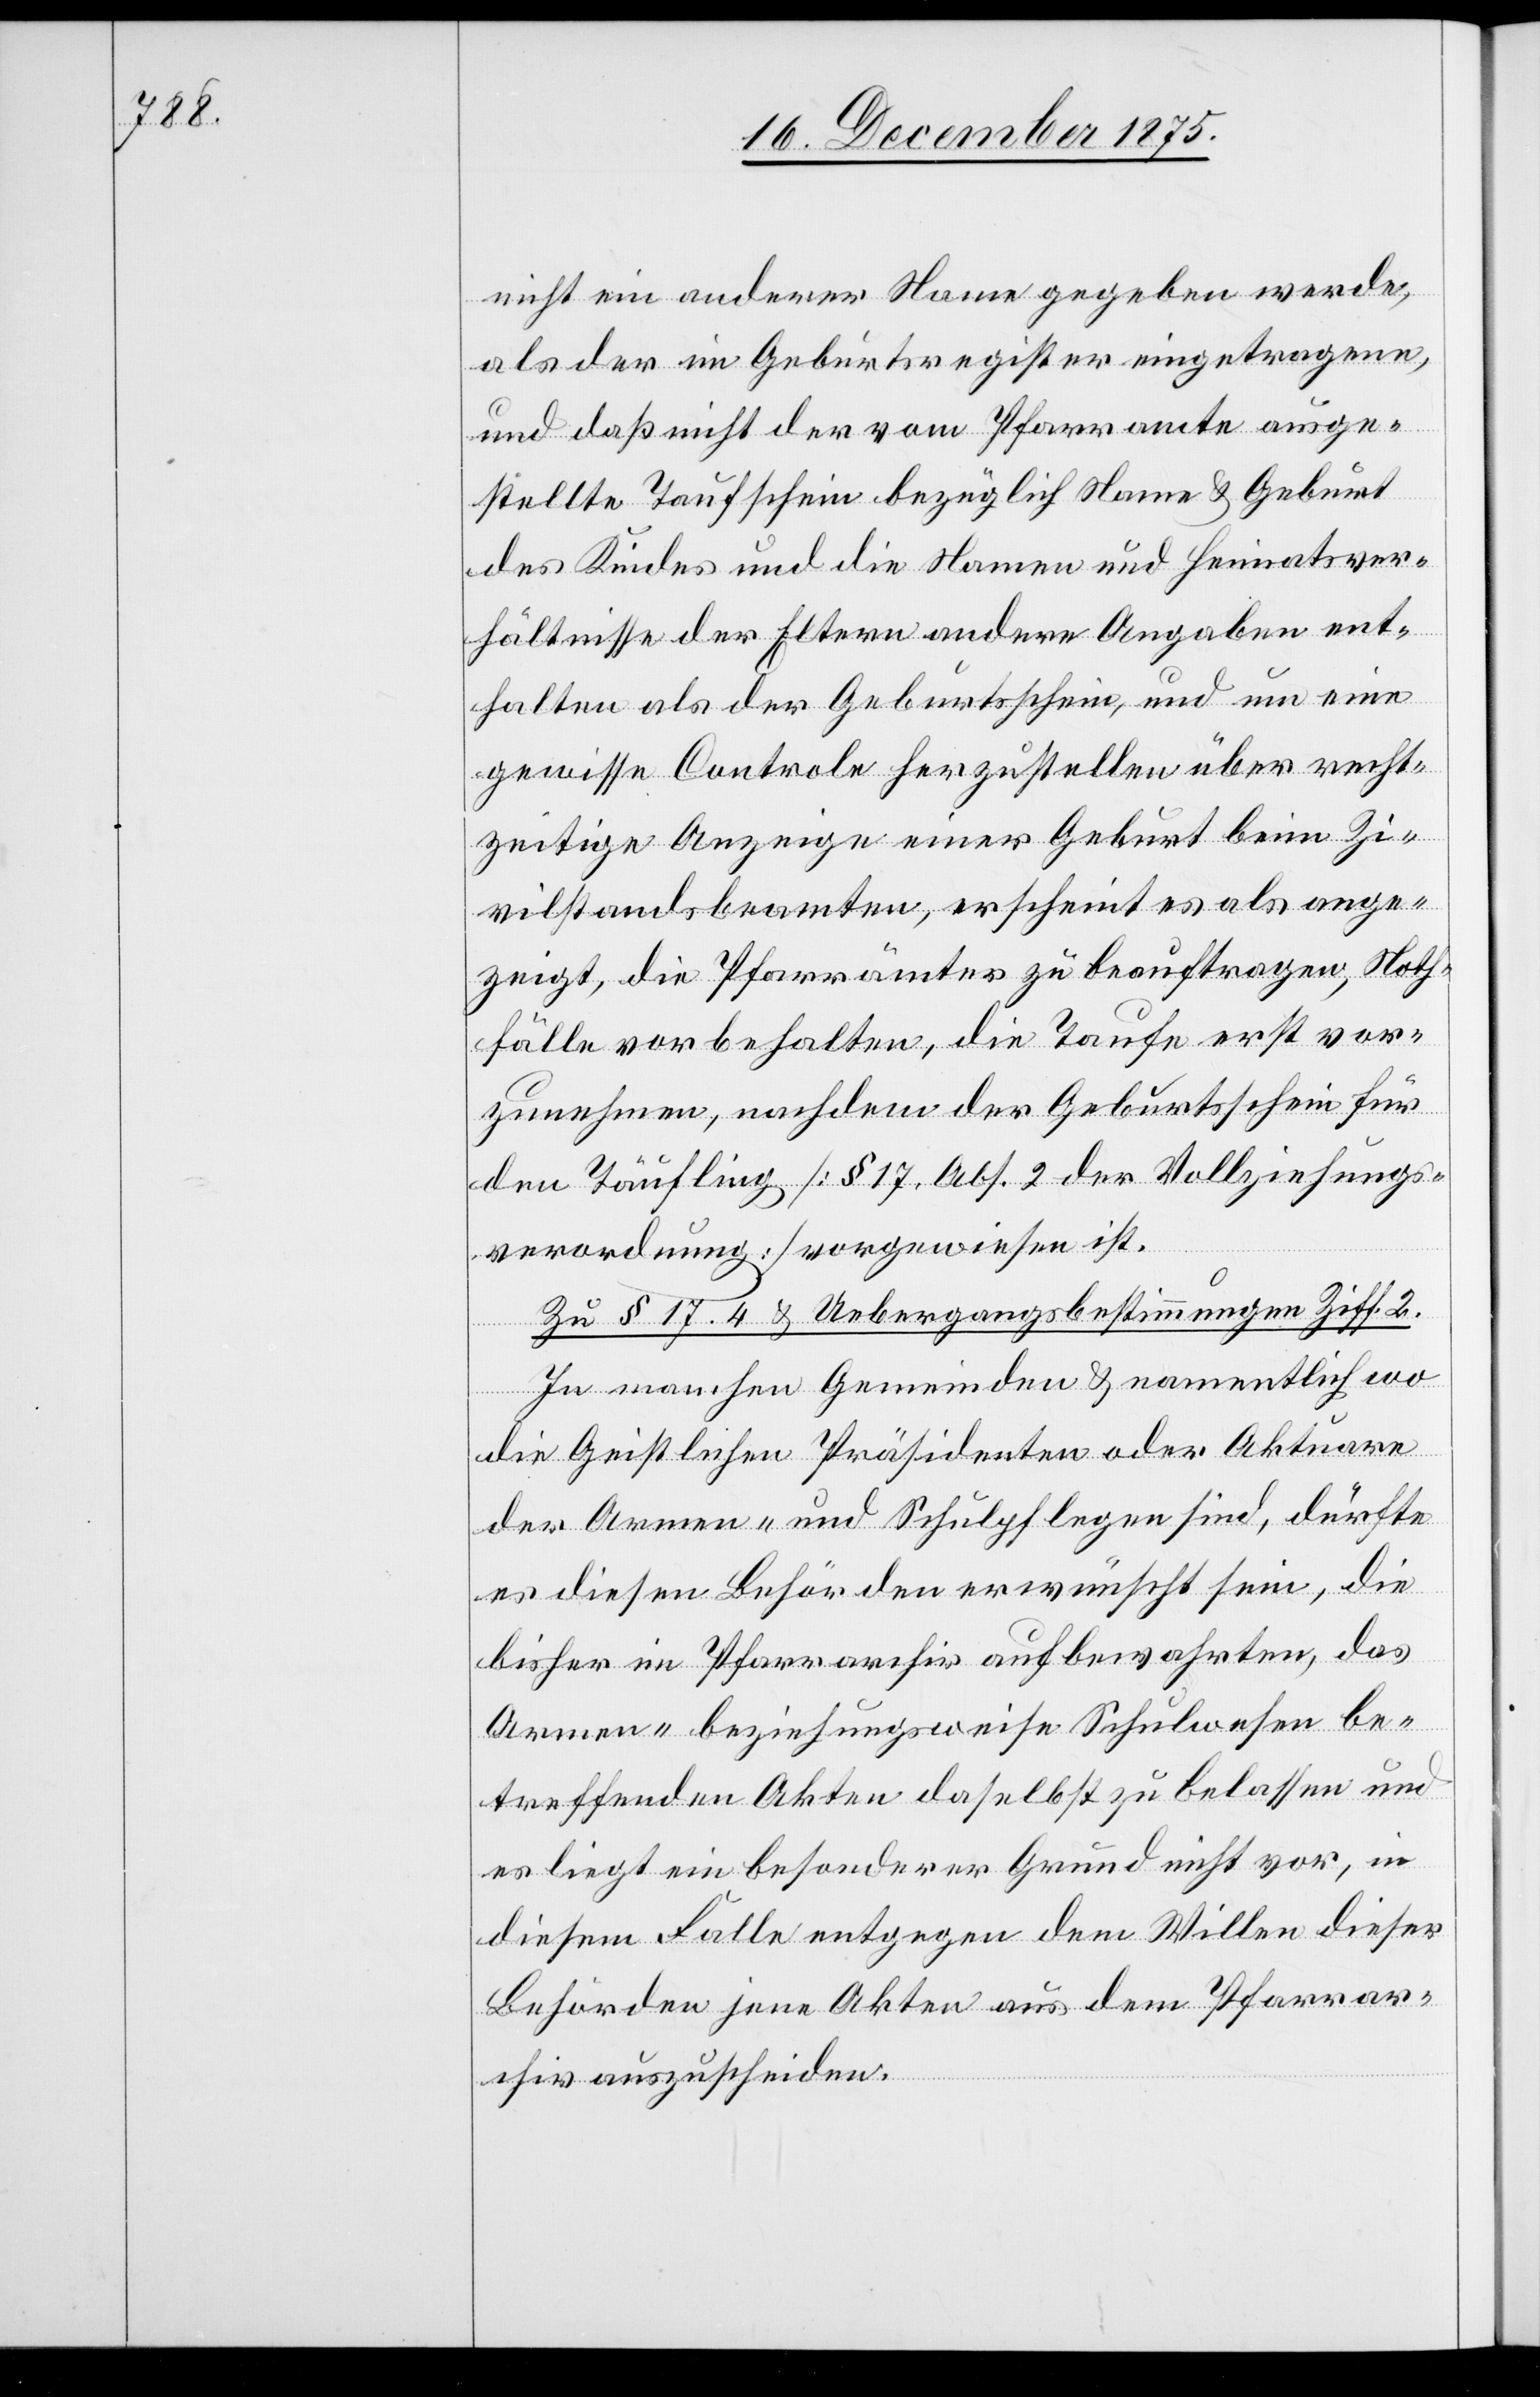
nicht ein anderer Name gegeben werde,
als der im Geburtsregister eingetragene,
und daß nicht der vom Pfarramte ausge¬
stellte Taufschein bezüglich Name & Geburt
des Kindes und die Namen und Heiratsver¬
hältnisse der Eltern andere Angaben ent¬
halten als der Geburtsschein, und um eine
gewisse Controle herzustellen über recht¬
zeitige Anzeige einer Geburt beim Zi¬
vilstandsbeamten, erscheint es als ange¬
zeigt, die Pfarrämter zu beauftragen, Noth¬
fälle vorbehalten, die Taufe erst vor¬
zunehmen, nachdem der Geburtsschein für
den Täufling [§ 17, Abs. 2 der Vollziehungs¬
verordnung] vorgewiesen ist.
Zu § 17.4 & Uebergangsbestimmungen Ziff. 2.
In manchen Gemeinden & namentlich wo
die Geistlichen Präsidenten oder Aktuare
der Armen- und Schulpflegen sind, dürfte
es diesen Behörden erwünscht sein, die
bisher im Pfarrarchiv aufbewahrten, das
Armen- beziehungsweise Schulwesen be¬
treffenden Akten daselbst zu belassen und
es liegt ein besonderer Grund nicht vor, in
diesem Falle entgegen dem Willen dieser
Behörden jene Akten aus dem Pfarrar¬
chiv auszuscheiden.